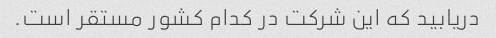
دریابید که این شرکت در کدام کشور مستقر است.